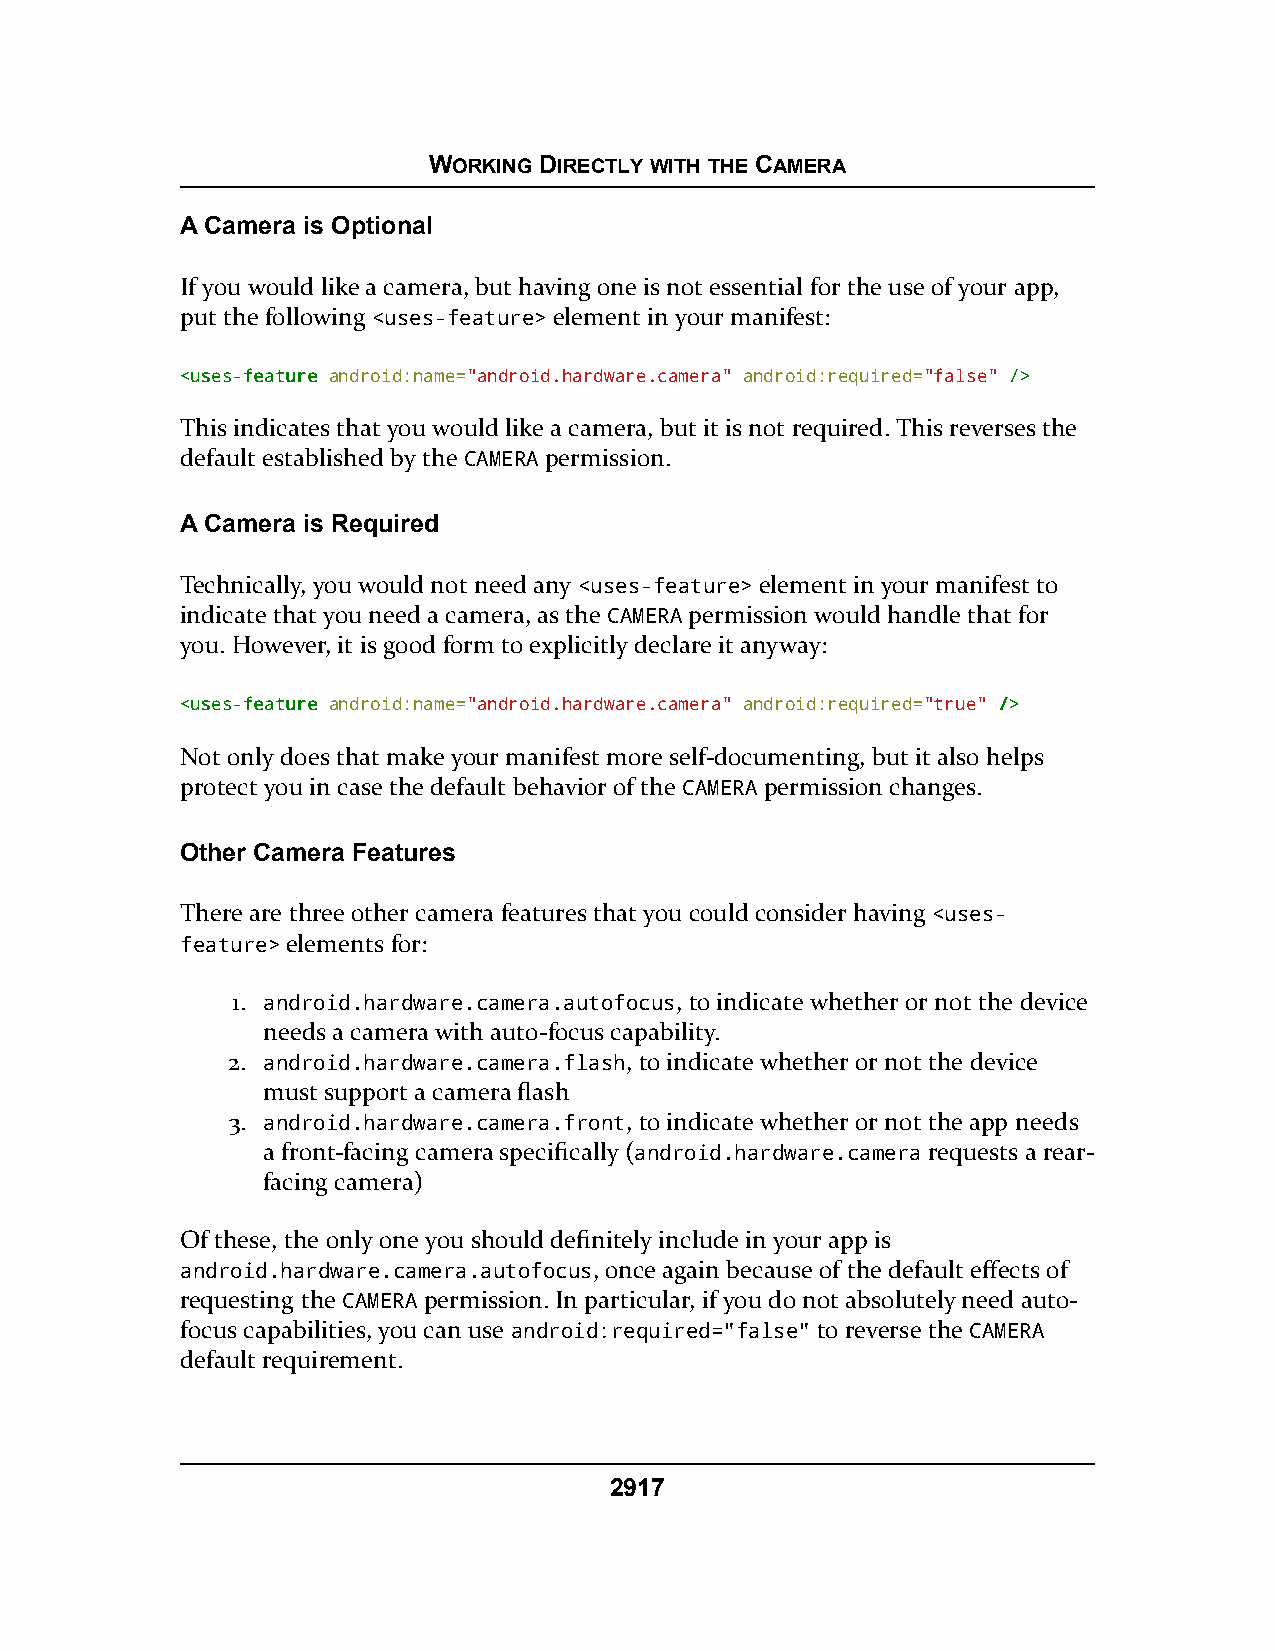
WORKING DIRECTLY WITH THE CAMERA
 A Camera is Optional
 If you would like a camera, but having one is not essential for the use of your app,
 put the following <uses-feature> element in your manifest:
 <<uusseess--ffeeaattuurree android:name="android.hardware.camera" android:required="false" //>>
 This indicates that you would like a camera, but it is not required. This reverses the
 default established by the CAMERA permission.
 A Camera is Required
 Technically, you would not need any <uses-feature> element in your manifest to
 indicate that you need a camera, as the CAMERA permission would handle that for
 you. However, it is good form to explicitly declare it anyway:
 <<uusseess--ffeeaattuurree android:name="android.hardware.camera" android:required="true" //>>
 Not only does that make your manifest more self-documenting, but it also helps
 protect you in case the default behavior of the CAMERA permission changes.
 Other Camera Features
 There are three other camera features that you could consider having <uses-
 feature> elements for:
 1. android.hardware.camera.autofocus, to indicate whether or not the device
 needs a camera with auto-focus capability.
 2. android.hardware.camera.flash, to indicate whether or not the device
 must support a camera flash
 3. android.hardware.camera.front, to indicate whether or not the app needs
 a front-facing camera specifically (android.hardware.camera requests a rear-
 facing camera)
 Of these, the only one you should definitely include in your app is
 android.hardware.camera.autofocus, once again because of the default effects of
 requesting the CAMERA permission. In particular, if you do not absolutely need auto-
 focus capabilities, you can use android:required="false" to reverse the CAMERA
 default requirement.
 2917